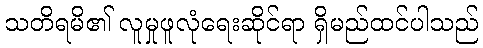
သတိရမိ၏ လူမှုဖူလုံရေးဆိုင်ရာ ရှိမည်ထင်ပါသည်